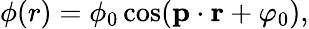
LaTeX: \phi(r)=\phi_{0}\cos({\mathbf p}\cdot{\mathbf r}+\varphi_{0}),